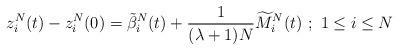
LaTeX: \begin{align*}z_{i}^{N}(t)-z_{i}^{N}(0)=\tilde{\beta}_{i}^{N}(t)+\frac{1}{(\lambda+1)N}\widetilde{M}_{i}^{N}(t)\,\,;\,\,1\le i\le N\end{align*}